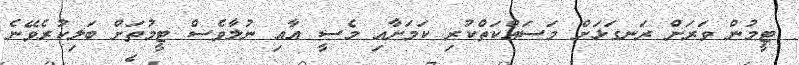
ޓީމުން ވަރަށް ރަނގަޅަށް މަސައްކަތްކުރި ކަމަށާއި މެސީ އާއި ނުލާވެސް ޓީމުތަށް ބަލިކުރެވޭނެ